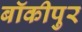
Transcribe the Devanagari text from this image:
बॉकीपुर